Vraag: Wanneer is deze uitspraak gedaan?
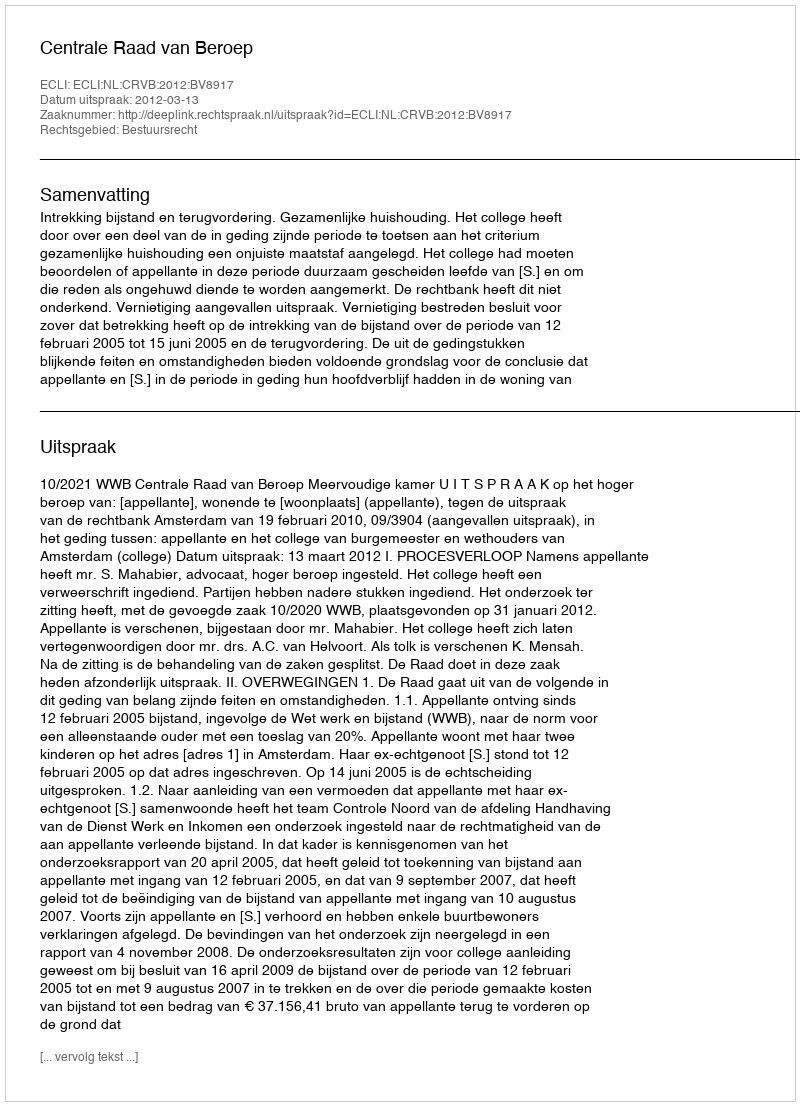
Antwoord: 2012-03-13